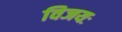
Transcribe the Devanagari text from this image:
विजयः